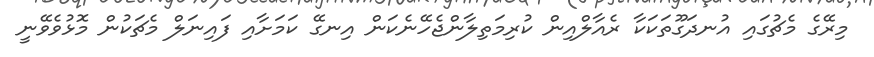
މިރޭގެ މެޗުގައި އުނދަގޫތަކަކާ ރެއާލްއިން ކުރިމަތިލާންޖެހޭނެކަން އިނގޭ ކަމަށާއި ފައިނަލް މެޗަކުން މޮޅުވެވޭނީ